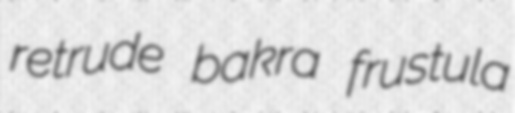
retrude bakra frustula